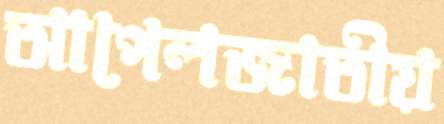
আপেলজাতীয়